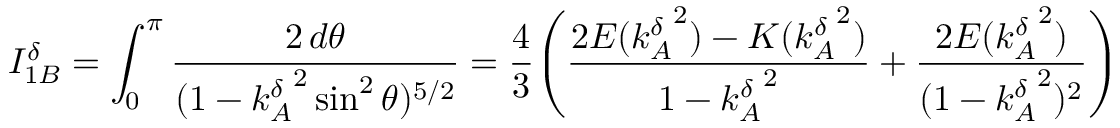
I _ { 1 B } ^ { \delta } = \int _ { 0 } ^ { \pi } \frac { 2 \, d \theta } { ( 1 - { k _ { A } ^ { \delta } } ^ { 2 } \sin ^ { 2 } \theta ) ^ { 5 / 2 } } = \frac { 4 } { 3 } \Bigg ( \frac { 2 E ( { k _ { A } ^ { \delta } } ^ { 2 } ) - K ( { k _ { A } ^ { \delta } } ^ { 2 } ) } { 1 - { k _ { A } ^ { \delta } } ^ { 2 } } + \frac { 2 E ( { k _ { A } ^ { \delta } } ^ { 2 } ) } { ( 1 - { k _ { A } ^ { \delta } } ^ { 2 } ) ^ { 2 } } \Bigg )